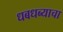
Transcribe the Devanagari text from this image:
धबधब्याचा